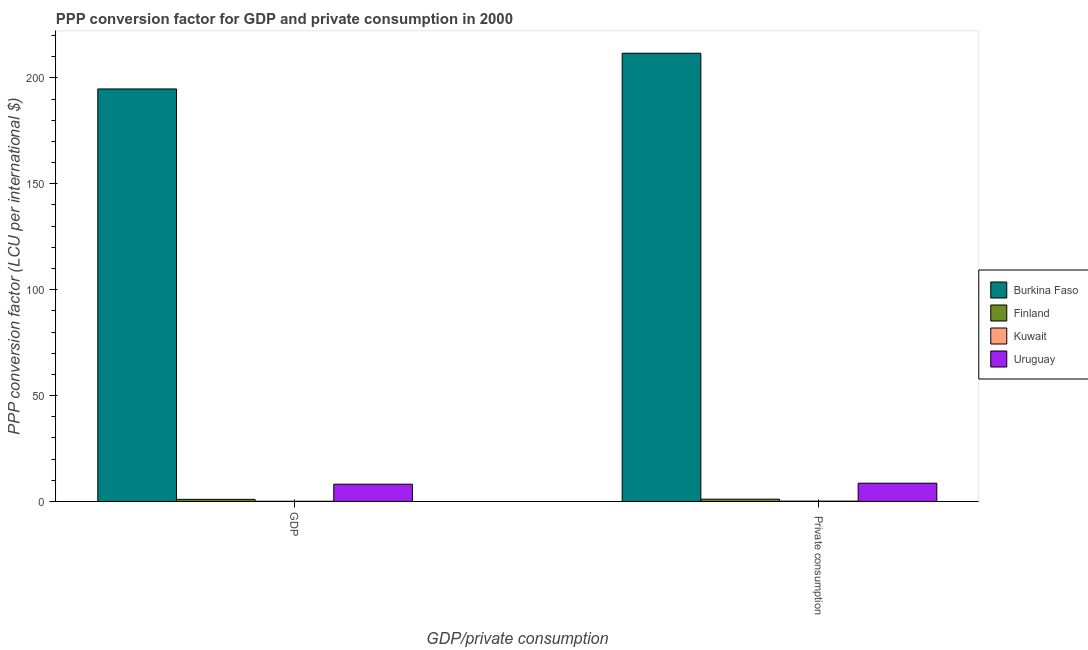
| GDP/private consumption | Burkina Faso | Finland | Kuwait | Uruguay |
 | --- | --- | --- | --- | --- |
 | GDP | 195 | 0.994 | 0.102 | 8.15 |
 |  Private consumption | 212 | 1.08 | 0.157 | 8.63 |